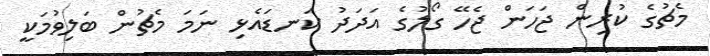
މެޗުގެ ކުރިން ޖަހަން ޖެހޭ ގޯލުގެ އަދަދު ކަނޑައެޅި ނަމަ މެޗުން ބަލިވުމަކީ